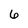
Character: 6